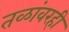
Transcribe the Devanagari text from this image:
तळांवरही